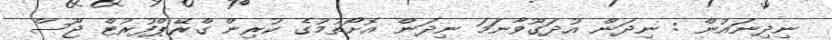
ނިދިނައުން : ނިދަން އުދަގޫވާނަމަ ނިދަން އޮށޯތުމުގެ ކުރިން ގްރޭޕްފުރުޓް ޖޫސް